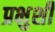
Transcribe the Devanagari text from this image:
प्रभुशी